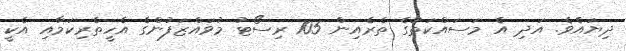
ދިޔައެވެ. އަދި އެ މަސައްކަތުގެ ތެރެއިން 105 ރިސޯޓު މުވައްޒަފުންގެ އެހީތެރިކަމާއި އެކީ